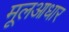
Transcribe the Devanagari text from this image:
मूलआधार